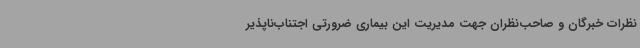
نظرات خبرگان و صاحب‌نظران جهت مدیریت این بیماری ضرورتی اجتناب‌ناپذیر